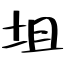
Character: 坥